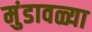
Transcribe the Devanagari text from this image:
मुंडावळ्या